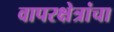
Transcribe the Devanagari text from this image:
वापरक्षेत्रांचा